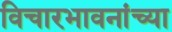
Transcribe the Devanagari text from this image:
विचारभावनांच्या